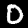
Label: 0